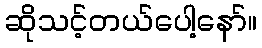
ဆိုသင့်တယ်ပေါ့နော်။